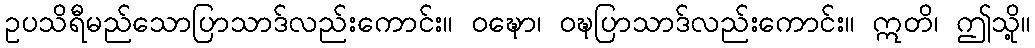
ဥပသိရီမည်သောပြာသာဒ်လည်းကောင်း။ ဝဍ္ဎော၊ ဝဍ္ဎပြာသာဒ်လည်းကောင်း။ ဣတိ၊ ဤသို့။